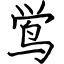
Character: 鸴